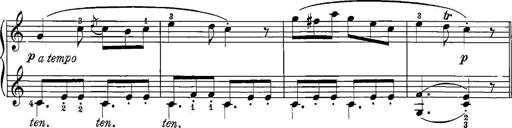
Title: 12 Sonatinas
Composer: Ignaz Pleyel